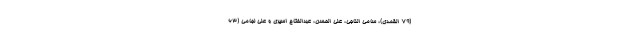
(۷۹ القمدی)، سامی الناجی، علی الحسن، عبدالفتاح اسیری و علی لجامی (۶۳